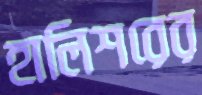
হালিশরের